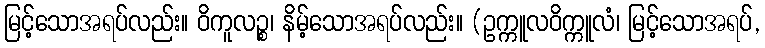
မြင့်သောအရပ်လည်း။ ဝိကူလဉ္စ၊ နိမ့်သောအရပ်လည်း။ (ဥက္ကူလဝိက္ကူလံ၊ မြင့်သောအရပ်,